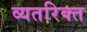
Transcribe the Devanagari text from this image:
व्यतरिक्त